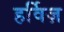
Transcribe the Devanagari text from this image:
हर्विज़